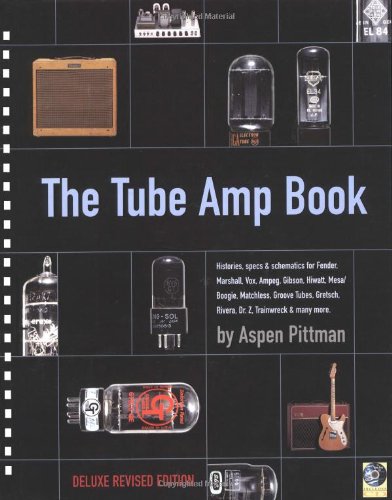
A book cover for The Tube Amp Book - Deluxe Revised Edition  Book and Disk Package (Hardcover); Aspen Pittman; Arts & Photography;